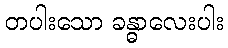
တပါးသော ခန္ဓာလေးပါး